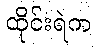
ထိုင်းရဲက